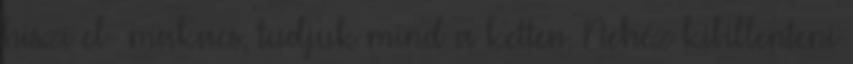
hiszi el- makacs, tudjuk mind a ketten. Nehéz kibillenteni